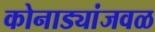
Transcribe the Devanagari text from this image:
कोनाड्यांजवळ